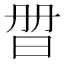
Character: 𣆑